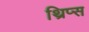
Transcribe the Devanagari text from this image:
थ्रिप्‍स